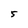
Character: 5